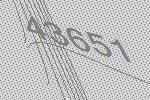
43651